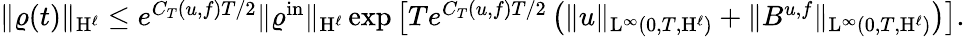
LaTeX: \begin{array}{r}{\Vert\varrho(t)\Vert_{\mathrm{H}^{\ell}}\leq e^{C_{T}(u,f)T/2}\Vert\varrho^{\mathrm{in}}\Vert_{\mathrm{H}^{\ell}}\exp\left[Te^{C_{T}(u,f)T/2}\left(\Vert u\Vert_{\mathrm{L}^{\infty}(0,T,\mathrm{H}^{\ell})}+\Vert B^{u,f}\Vert_{\mathrm{L}^{\infty}(0,T,\mathrm{H}^{\ell})}\right)\right].}\end{array}